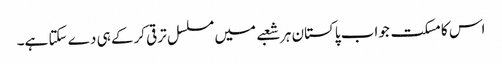
اس کا مسکت جواب پاکستان ہر شعبے میں مسلسل ترقی کرکے ہی دے سکتا ہے۔